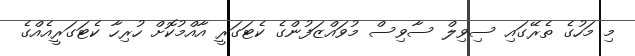
މި މަހުގެ ތެރޭގައި ސިވިލް ސާވިސް މުވައްޒަފުންގެ ކެޓަގަރީ އާއްމުކޮށް ހުރިހާ ކެޓަގަރީއެއްގެ